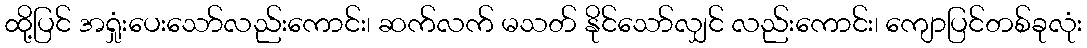
ထို့ပြင် အရှုံးပေးသော်လည်းကောင်း၊ ဆက်လက် မသတ် နိုင်သော်လျှင် လည်းကောင်း၊ ကျောပြင်တစ်ခုလုံး